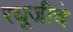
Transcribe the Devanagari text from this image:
रघूजीचे